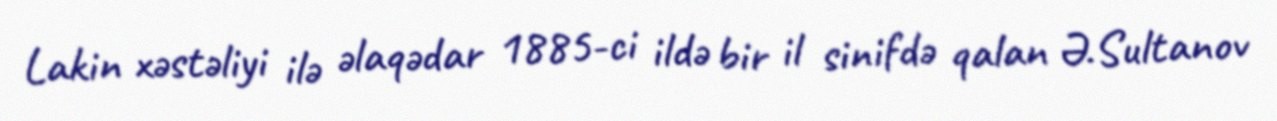
Lakin xəstəliyi ilə əlaqədar 1885-ci ildə bir il sinifdə qalan Ə.Sultanov